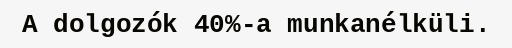
A dolgozók 40%-a munkanélküli.